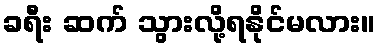
ခရီး ဆက် သွားလို့ရနိုင်မလား။